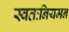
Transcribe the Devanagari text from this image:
स्वतःनियमन